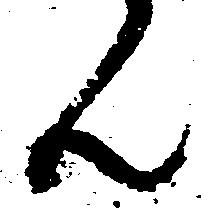
ん